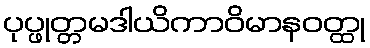
ပုပ္ဖုတ္တမဒါယိကာဝိမာနဝတ္ထု